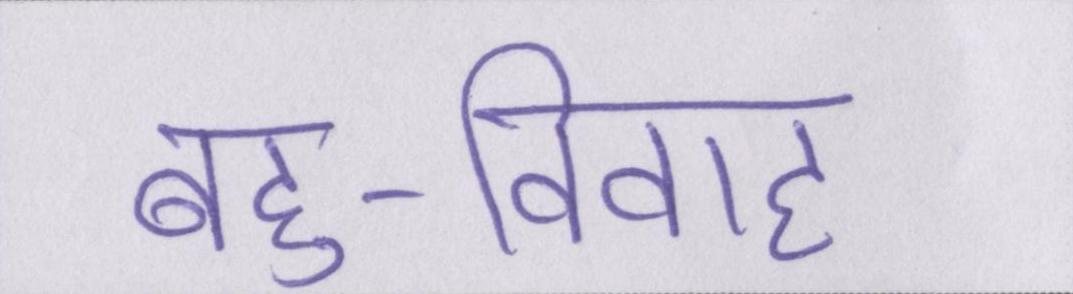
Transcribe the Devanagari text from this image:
बहु-विवाह